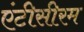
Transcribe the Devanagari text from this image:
एंटीसीरम